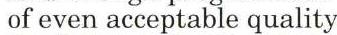
 of even acceptable quality